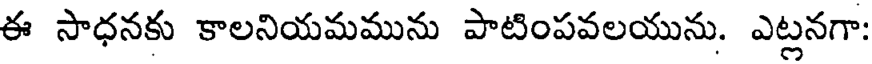
ఈ సాధనకు కాలనియమమును పాటింపవలయును. ఎట్లనగా: